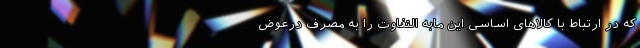
که در ارتباط با کالا‌های اساسی این مابه التفاوت را به مصرف درعوض